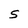
Character: 5